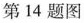
第14题图